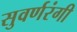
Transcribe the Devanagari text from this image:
सुवर्णरंगी